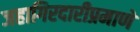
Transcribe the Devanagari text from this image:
जहागिरदारीप्रमाणे